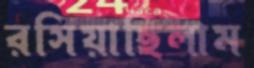
রসিয়াছিলাম